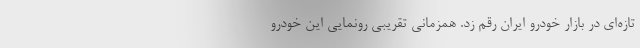
تازه‌ای در بازار خودرو ایران رقم زد. همزمانی تقریبی رونمایی این خودرو